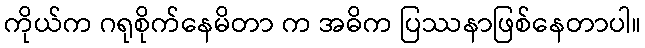
ကိုယ်က ဂရုစိုက်နေမိတာ က အဓိက ပြဿနာဖြစ်နေတာပါ။